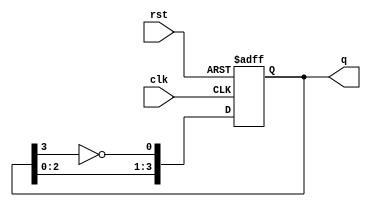
module johnson_counter (
    input wire clk,           // Clock signal
    input wire rst,           // Asynchronous reset
    output reg [3:0] q        // Output of the Johnson counter
);

    // On every rising edge of the clock
    always @(posedge clk or posedge rst) begin
        if (rst) begin
            q <= 4'b0000;     // Reset state
        end else begin
            // Johnson counter logic
            q[0] <= ~q[3];    // Feedback from the last flip-flop
            q[1] <= q[0];     // Shift operation
            q[2] <= q[1];     // Shift operation
            q[3] <= q[2];     // Shift operation
        end
    end

endmodule